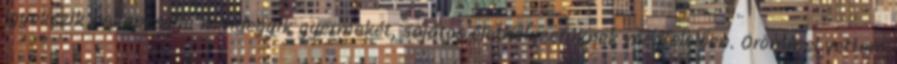
igyekszik bekapcsolni mindegyik gyermekét, sajátos élethelyzetüknek megfelelően. Örömmel vettem